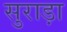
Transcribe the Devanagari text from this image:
सुराड़ा